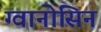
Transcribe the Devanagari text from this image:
ग्वानोसिन